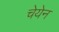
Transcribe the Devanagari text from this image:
चेयेन